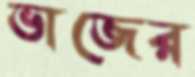
ভাজের